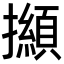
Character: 㩪